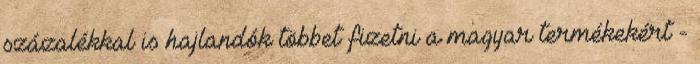
százalékkal is hajlandók többet fizetni a magyar termékekért -